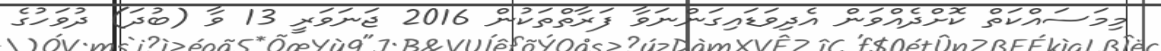
މިމަސައްކަތް ކޮށްދެއްވަން އެދިވަޑައިގަންނަވާ ފަރާތްތަކުން 2016 ޖަނަވަރީ 13 ވާ (ބުދަ) ދުވަހުގެ